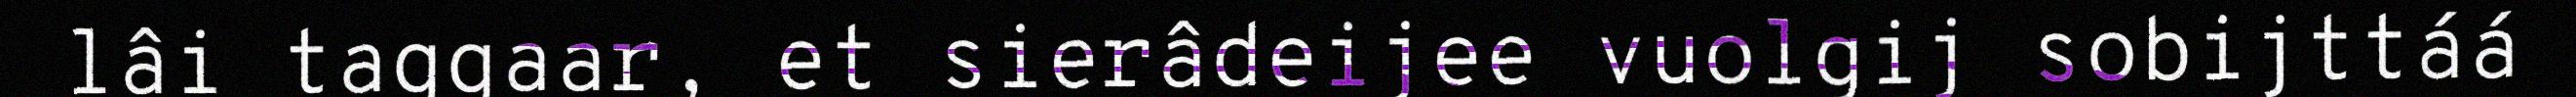
lâi taggaar, et sierâdeijee vuolgij sobijttáá